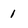
Character: 1